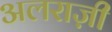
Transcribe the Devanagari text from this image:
अलराज़ी